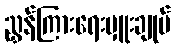
ညွှန်ကြားရေးမှူးချုပ်